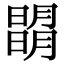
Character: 𣊧